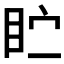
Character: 𪾣